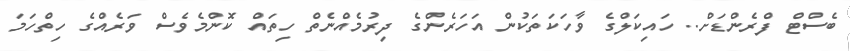
ބެސްޓް ފްރެންޑަށް.. ހައިކަލްގެ ވާހަކަތަކުން އަހަރެންގެ ދިރުމެއްނެތް ހިތައް ކޮންމެވެސް ވަރެއްގެ ހިތްހަމަ